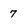
Character: 7